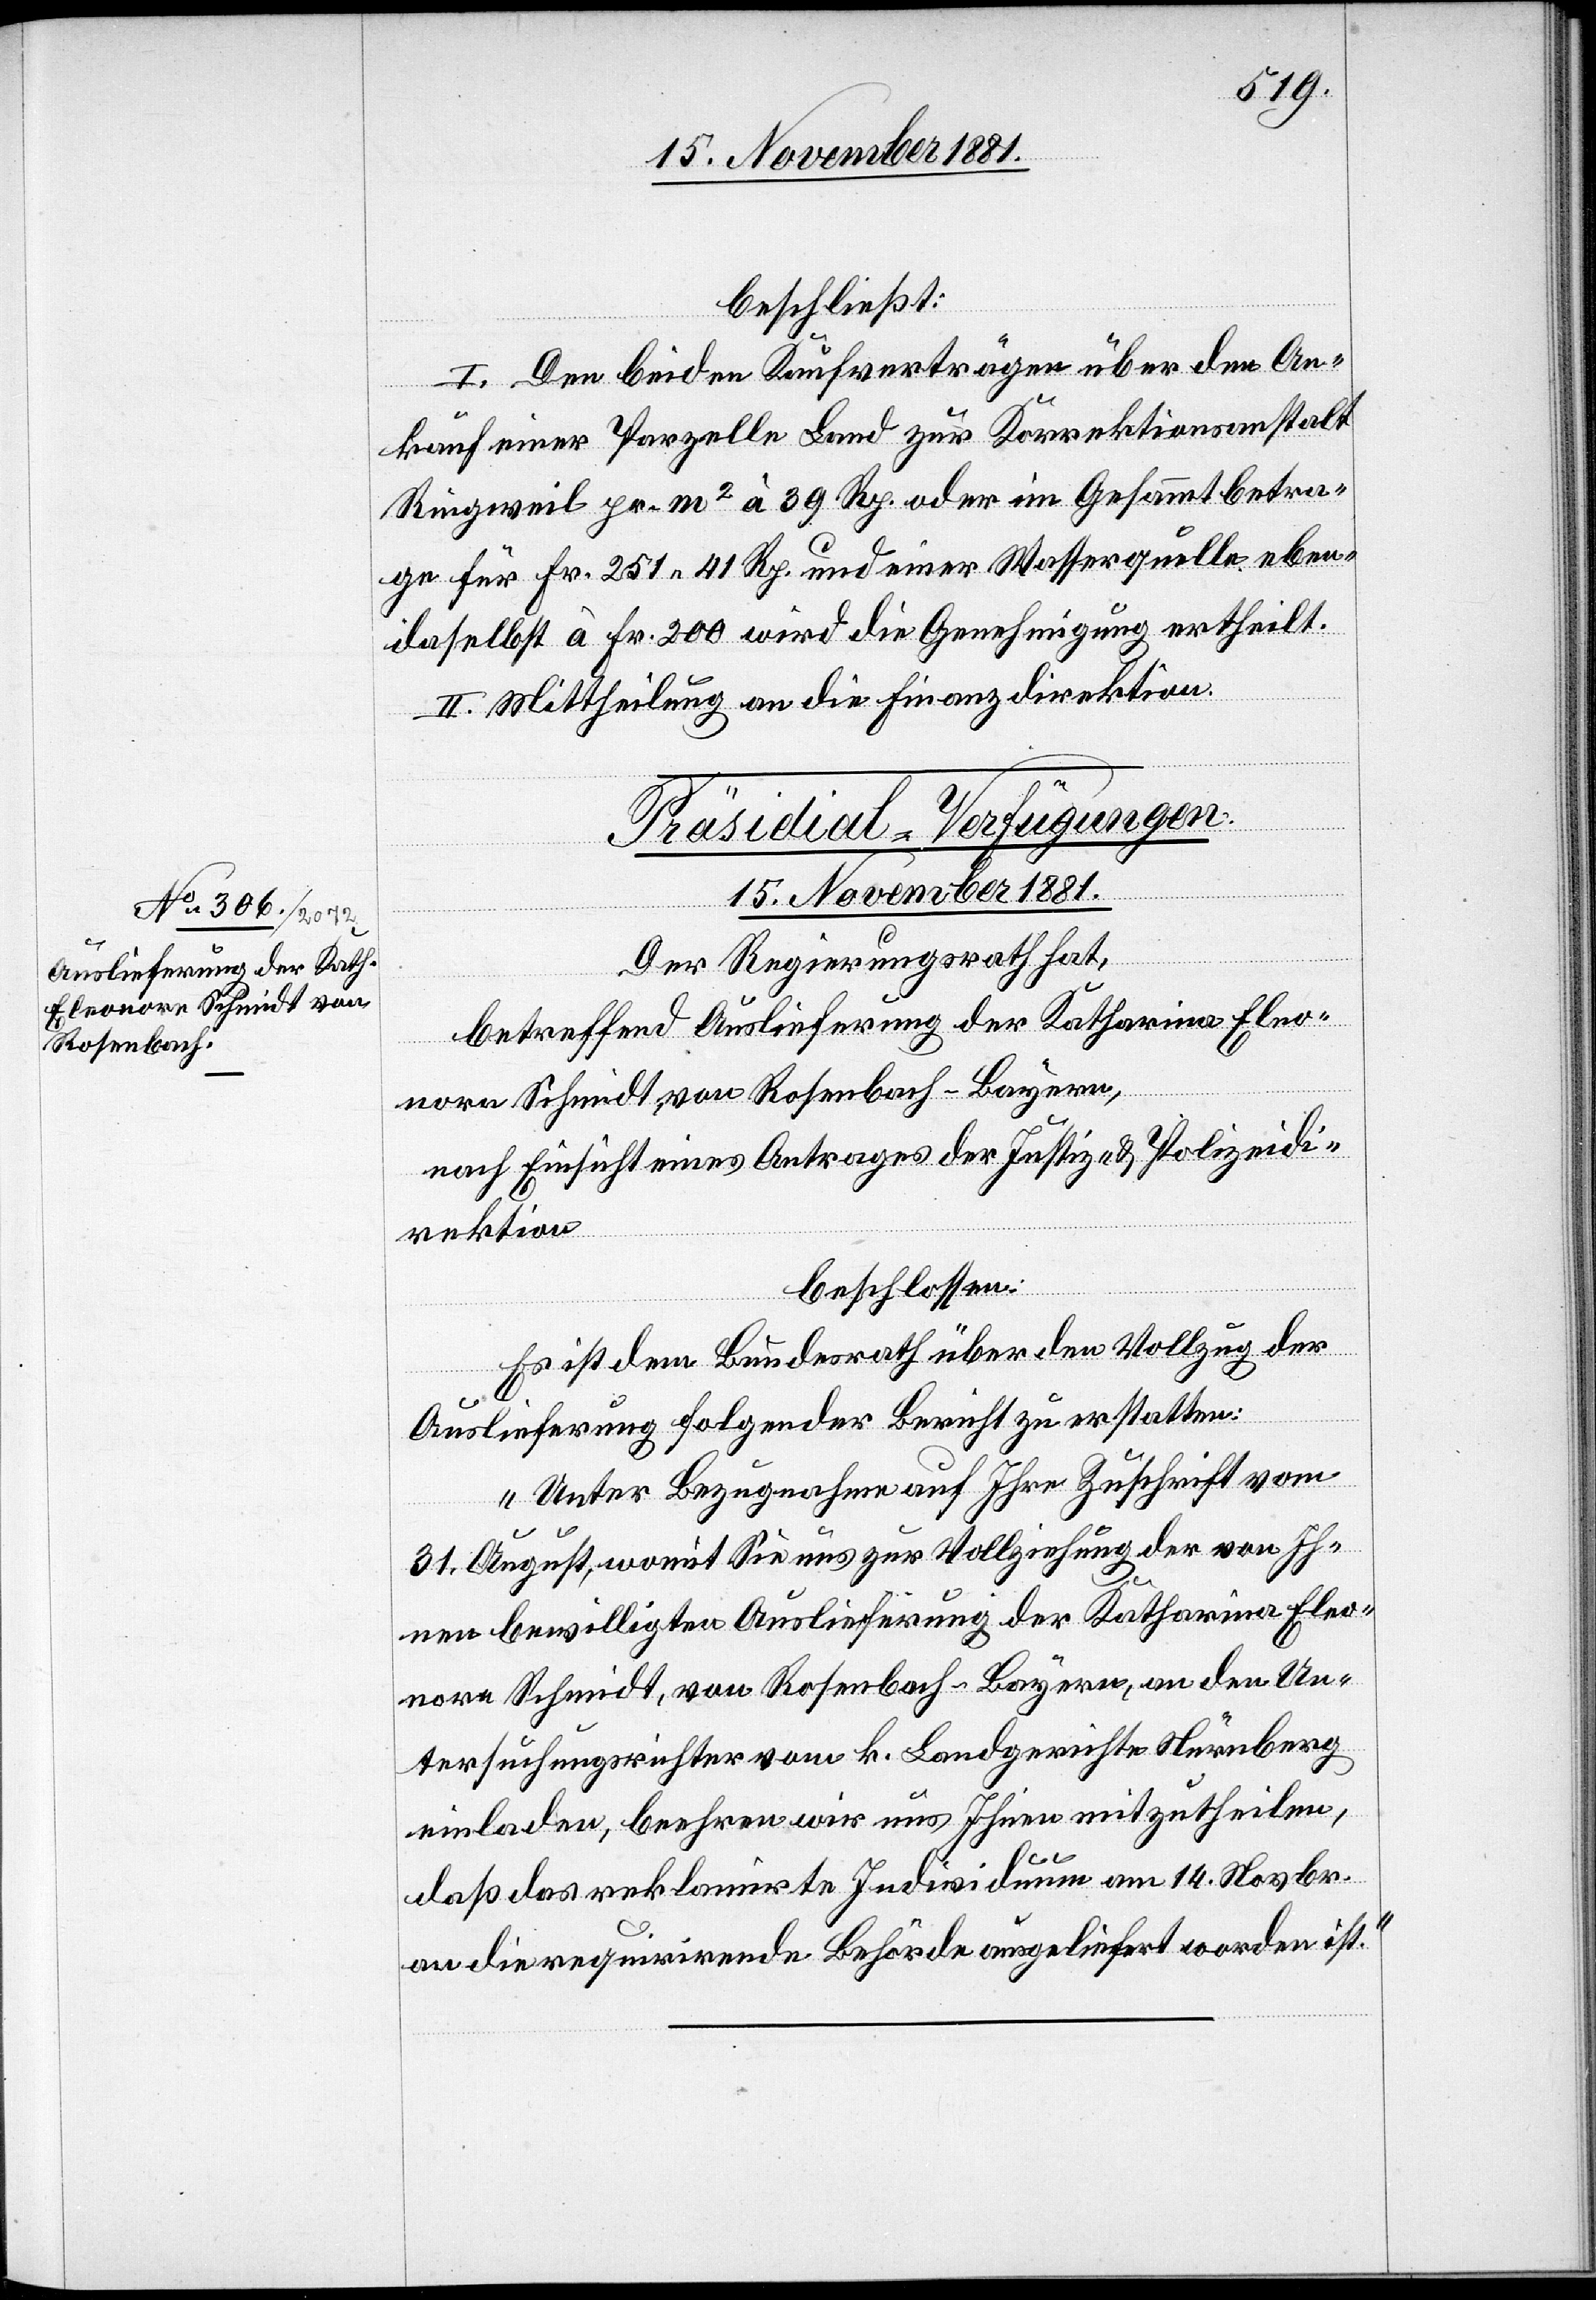
15. November 1881.
beschließt:
I. Den beiden Kaufverträgen über den An¬
kauf einer Parzelle Land zur Korrektionsanstalt
Ringweil pr. m2 à 39 Rp. oder im Gesammtbetra¬
ge für Fr. 251 41 Rp. und einer Wasserquelle eben¬
daselbst à Fr. 200 wird die Genehmigung ertheilt.
II. Mittheilung an die Finanzdirektion.
Präsidial-Verfügungen.
Der Regierungsrath hat,
betreffend Auslieferung der Katharina Eleo¬
nore Schmidt, von Rosenbach - Bayern,
nach Einsicht eines Antrages der Justiz- & Polizeidi¬
rektion,
beschlossen:
Es ist dem Bundesrath über den Vollzug der
Auslieferung folgender Bericht zu erstellen:
„Unter Bezugnahme auf Ihre Zuschrift vom
31. August, womit Sie uns zur Vollziehung der von Ih¬
nen bewilligten Auslieferung der Katharina Eleo¬
nore Schmidt, von Rosenbach - Bayern, an den Un¬
tersuchungsrichter vom k. Landgerichte Nürnberg
einladen, beehren wir uns Ihnen mitzutheilen,
daß das reklamirte Individuum am 14. Novbr.
an die requirirende Behörde ausgeliefert worden ist.“